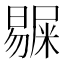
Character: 𭧺